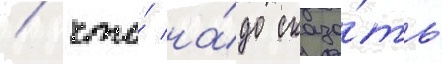
/ что́ на́до сказа́ть